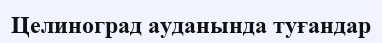
Целиноград ауданында туғандар